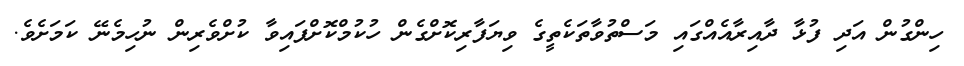
ހިންގުން އަދި ފުޅާ ދާއިރާއެއްގައި މަސްތުވާތަކެތީގެ ވިޔަފާރިކޮށްގެން ހުކުމްކޮށްފައިވާ ކުށްވެރިން ނުހިމެނޭ ކަމަށެވެ.